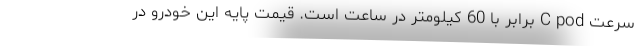
سرعت C pod برابر با 60 کیلومتر در ساعت است. قیمت پایه این خودرو در